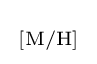
{\begin{smallmatrix}\left[{\ce {M}}/{\ce {H}}\right]\end{smallmatrix}}